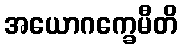
အယောဂက္ခေမီတိ